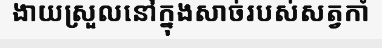
ងាយស្រួលនៅក្នុងសាច់របស់សត្វកាំ